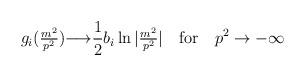
LaTeX: \begin{align*}g_i(\hbox{$m^2 \over p^2$}) {\longrightarrow} \frac 12 b_i \ln|\hbox{$m^2 \over p^2$}| \quad \hbox{for} \quad p^2 \to -\infty\end{align*}